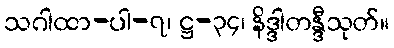
သဂါထာ-ပါ-၇၊ ဋ္ဌ-၃၄၊ နိဒ္ဒါတန္ဒီသုတ်။